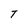
Character: T